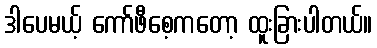
ဒါပေမယ့် ကော်ဖီစေ့ကတော့ ထူးခြားပါတယ်။